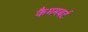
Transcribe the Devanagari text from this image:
कैममबर्ट